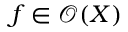
f \in { \mathcal { O } } ( X )